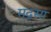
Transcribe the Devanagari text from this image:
मद्रसा